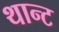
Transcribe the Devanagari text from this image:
थान्ट